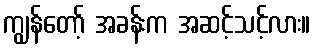
ကျွန်တော့် အခန်းက အဆင့်သင့်လား။